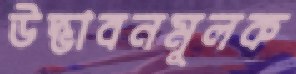
উদ্ভাবনমূলক